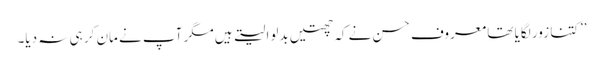
’’کتنا زور لگایا تھا معروف حسن نے کہ چھتیں بدلوا لیتے ہیں مگر آپ نے مان کر ہی نہ دیا۔